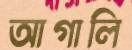
আগালি